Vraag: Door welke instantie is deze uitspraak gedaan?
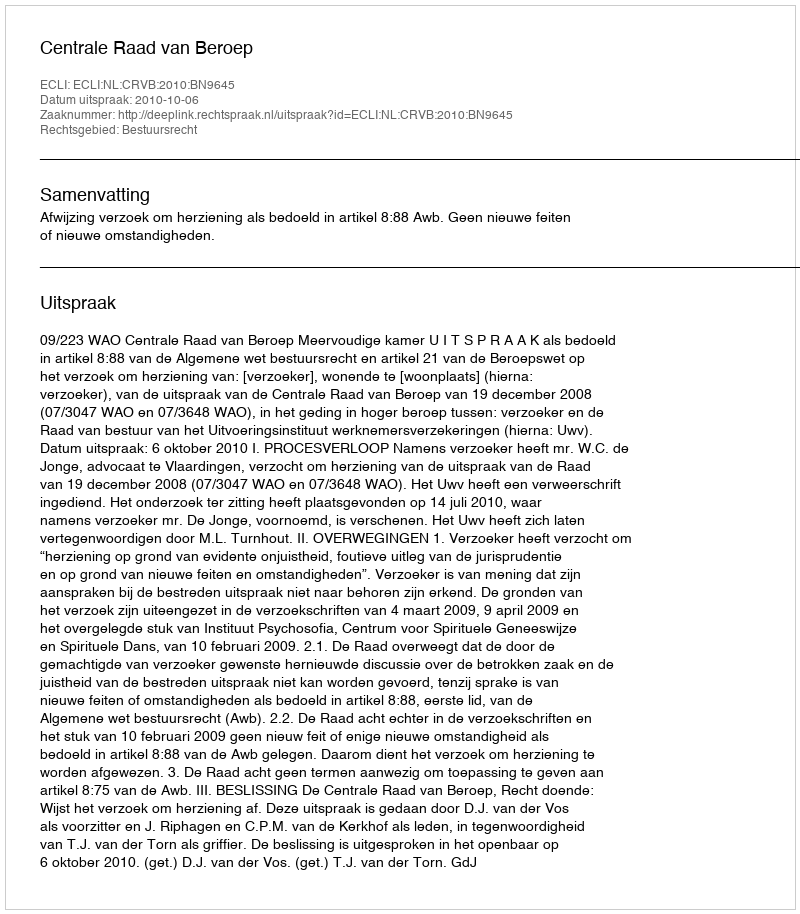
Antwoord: Centrale Raad van Beroep